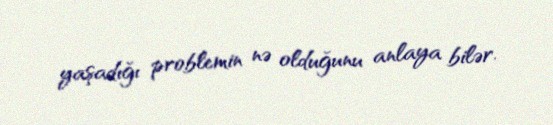
yaşadığı problemin nə olduğunu anlaya bilər.